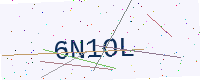
Text: 6N1OL